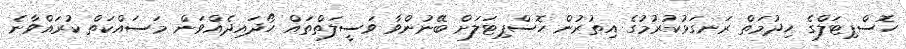
ހޮސްޕިޓަލްގެ ހިދުމަތް ރަނގަޅުކުރުމުގެ އިތުރުން ހޮސްޕިޓަލަށް ބޭނުންވާ ވަސީލަތްތައް ހޯދައިދެއްވަން މަސައްކަތް ކުރައްވާނެ